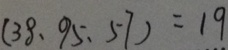
( 3 8 , 9 5 , 5 7 ) = 1 9